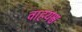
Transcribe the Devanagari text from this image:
वाहयश्व